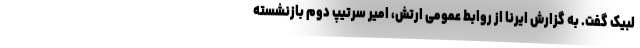
لبیک گفت. به گزارش ایرنا از روابط عمومی ارتش، امیر سرتیپ دوم بازنشسته